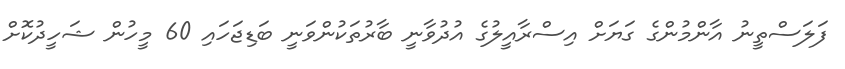
ފަލަސްތީނު އާންމުންގެ ގަޔަށް އިސްރާއީލުގެ އުދުވާނީ ބާރުތަކުންވަނީ ބަޑިޖަހައި 60 މީހުން ޝަހީދުކޮށް